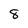
Character: 8